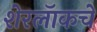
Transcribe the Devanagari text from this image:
शेरलॅाकचे